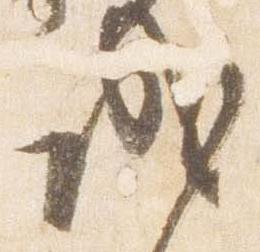
成